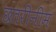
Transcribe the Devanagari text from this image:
छतरीनीम